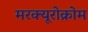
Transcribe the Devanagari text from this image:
मरक्यूरोक्रोम